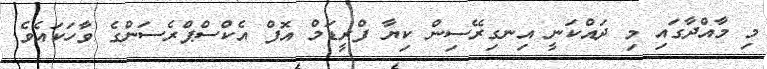
މި މާއްދާގައި މި ދައްކަނީ އިނގިރޭސިން ކިޔާ ފްރީޑަމް އޮފް އެކްސްޕްރެސަންގެ ވާހަކައެވެ.